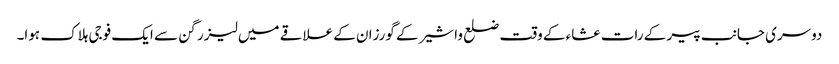
دوسری جانب پیر کے رات عشاء کے وقت ضلع واشیر کے گورزان کے علاقے میں لیزر گن سے ایک فوجی ہلاک ہوا۔